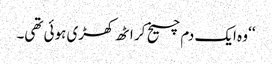
‘‘ وہ ایک دم چیخ کر اٹھ کھڑی ہوئی تھی۔